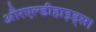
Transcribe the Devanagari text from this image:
औरएल्डीहाइड्स।